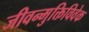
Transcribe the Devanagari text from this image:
जीवन्मुक्तिविवेक